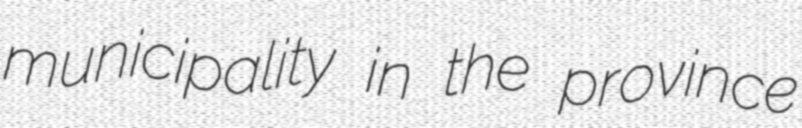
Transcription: municipality in the province